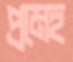
প্রমেহ